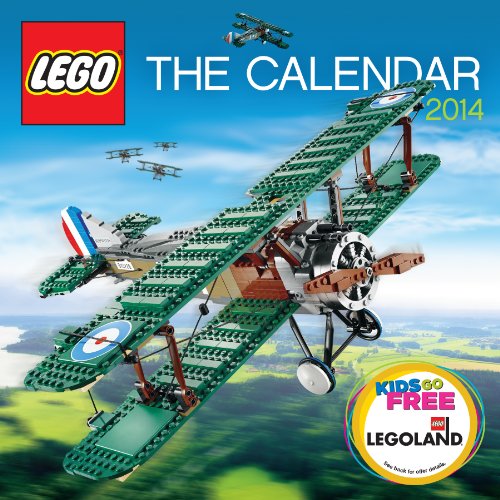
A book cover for Lego: The Calendar 2014; Workman Publishing; Calendars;